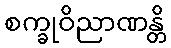
စက္ခုဝိညာဏန္တိ